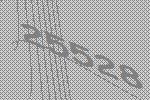
25528